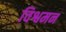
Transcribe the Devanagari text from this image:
विश्वमन